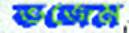
ভজেম